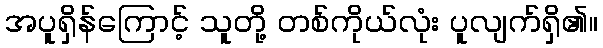
အပူရှိန်ကြောင့် သူတို့ တစ်ကိုယ်လုံး ပူလျက်ရှိ၏။